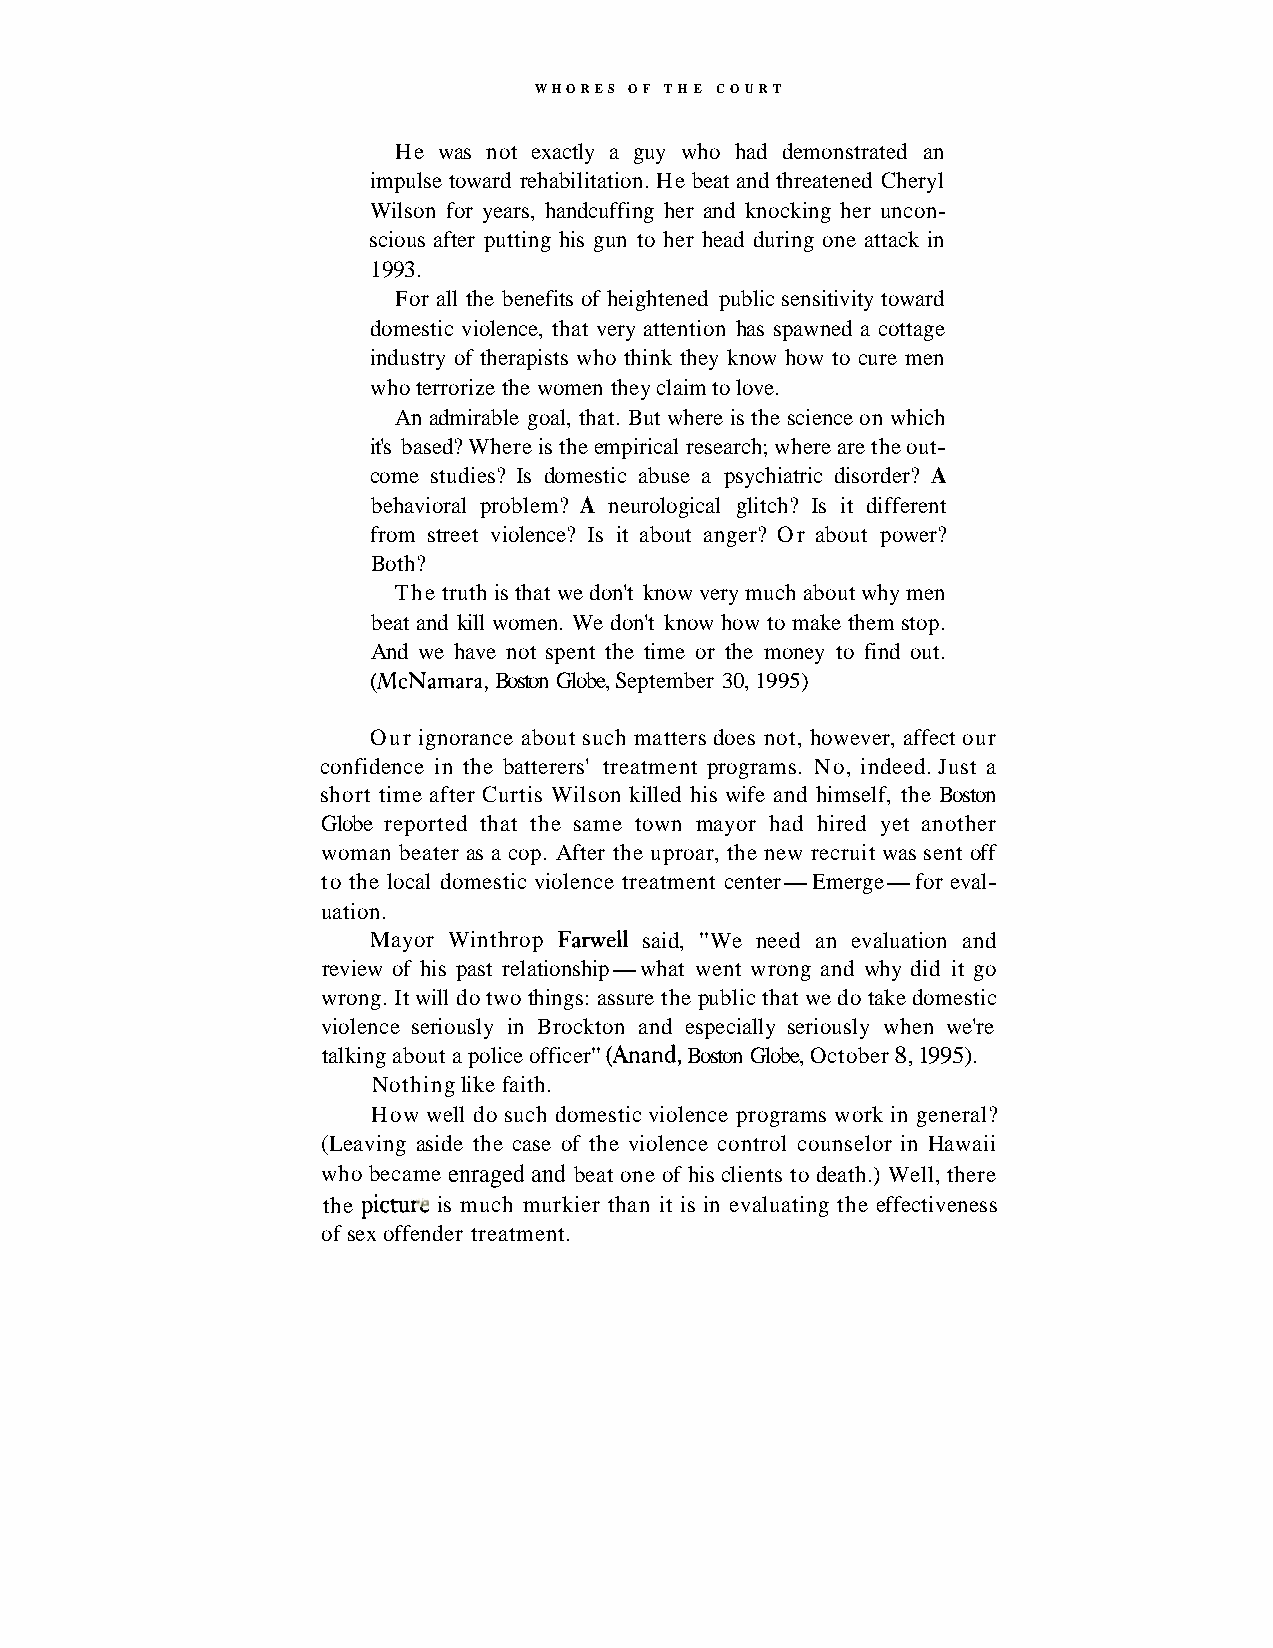
WHORES OF T H E COURT
 He was not exactly a guy who had demonstrated an
 impulse toward rehabilitation. He beat and threatened Cheryl
 Wilson for years, handcuffing her and knocking her uncon-
 scious after putting his gun to her head during one attack in
 1993.
 For all the benefits of heightened public sensitivity toward
 domestic violence, that very attention has spawned a cottage
 industry of therapists who think they know how to cure men
 who terrorize the women they claim to love.
 An admirable goal, that. But where is the science on which
 it's based? Where is the empirical research; where are the out-
 come studies? Is domestic abuse a psychiatric disorder? A
 behavioral problem? A neurological glitch? Is it different
 from street violence? Is it about anger? Or about power?
 Both?
 The truth is that we don't know very much about why men
 beat and kill women. We don't know how to make them stop.
 And we have not spent the time or the money to find out.
 (McNamara, Boston Globe, September 30, 1995)
 Our ignorance about such matters does not, however, affect our
 confidence in the batterers' treatment programs. No, indeed. Just a
 short time after Curtis Wilson killed his wife and himself, the Boston
 Globe reported that the same town mayor had hired yet another
 woman beater as a cop. After the uproar, the new recruit was sent off
 to the local domestic violence treatment center-Emerge-for eval-
 uation.
 Mayor Winthrop Farwell said, "We need an evaluation and
 review of his past relationship-what went wrong and why did it go
 wrong. It will do two things: assure the public that we do take domestic
 violence seriously in Brockton and especially seriously when we're
 talking about a police officer" (Anand, Boston Globe, October 8, 1995).
 Nothing like faith.
 How well do such domestic violence programs work in general?
 (Leaving aside the case of the violence control counselor in Hawaii
 who became enraged and beat one of his clients to death.) Well, there
 the pictur,~is much murkier than it is in evaluating the effectiveness
 of sex offender treatment.